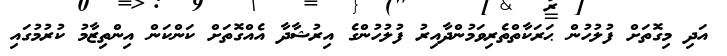
އަދި މިގޮތަށް ފުލުހުން ޙަރަކާތްތެރިވަމުންދާއިރު ފުލުހުންގެ އިރުޝާދާ އެއްގޮތަށް ކަންކަން އިންތިޒާމު ކުރުމުގައި